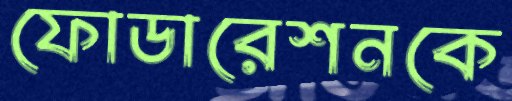
ফোডারেশনকে